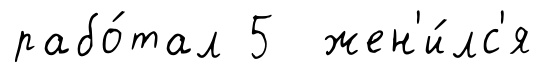
рабо́тал 5 жен'и́лс'я